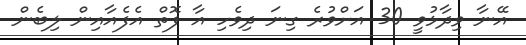
އޭނާ ވިދާޅުވީ 30 އަށްވުރެ ގިނަ ދިވެހި އާ ފޮތް އެފެއާއިން ލިބެން